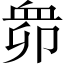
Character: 𧖱